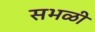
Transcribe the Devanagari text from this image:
सभळी